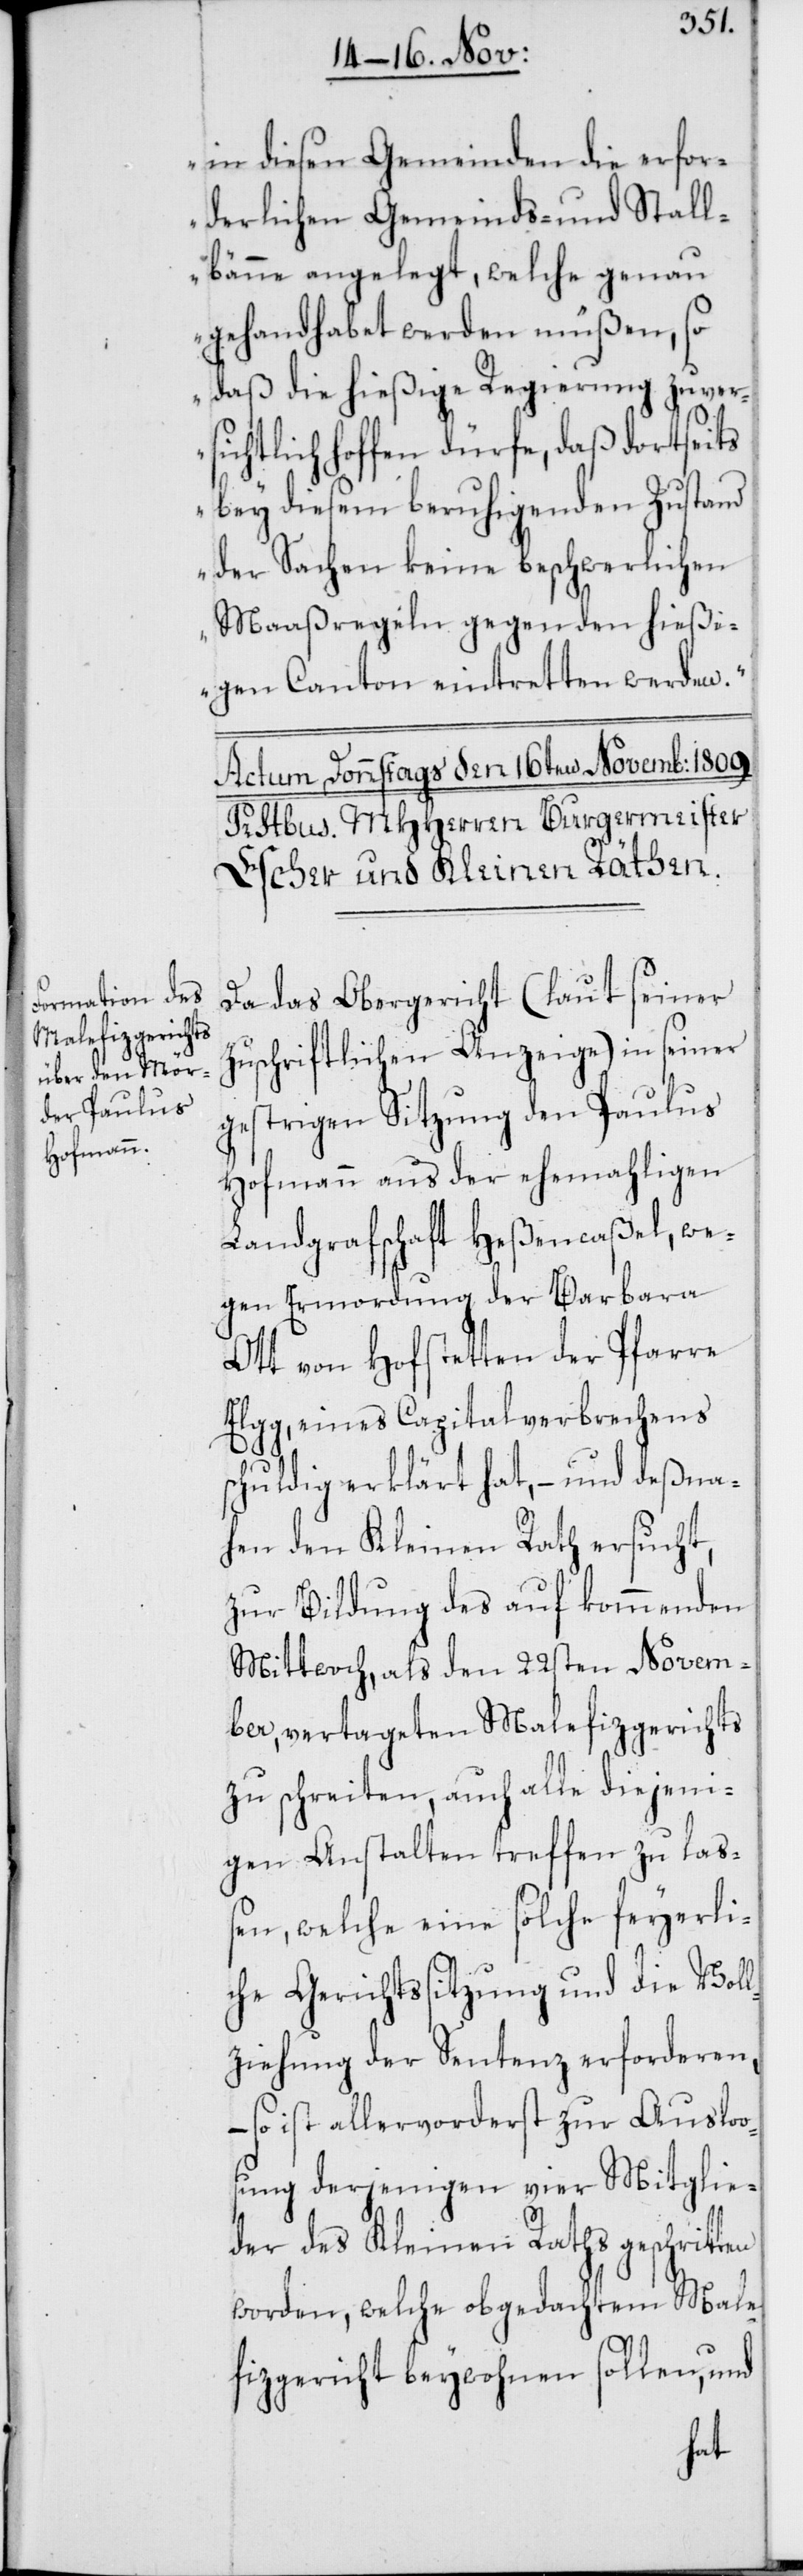
in diesen Gemeinden die erfor¬
derlichen Gemeinds- und Stall¬
bänne angelegt, welche genau
gehandhabet werden müßen, so
daß die hießige Regierung zuver¬
sichtlich hoffen dürfe, daß dortseits
bey diesem beruhigenden Zustand
der Sachen keine beschwerlichen
Maaßregeln gegen den hießi¬
gen Canton eintretten werden.“
Da das Obergericht (laut seiner
zuschriftlichen Anzeige) in seiner
gestrigen Sitzung den Paulus
Hofmann aus der ehemahligen
Landgrafschaft Heßencaßel, we¬
gen Ermordung der Barbara
Ott von Hofstetten, der Pfarre
Elgg, eines Capitalverbrechens
schuldig erklärt hat, – und deßna¬
hen den Kleinen Rath ersucht,
zur Bildung des auf kommenden
Mittwoch, als den 22sten Novem¬
ber, vertageten Malefizgerichts
zu schreiten, auch alle diejeni¬
gen Anstalten treffen zu la¬
ßen, welche eine solche feyerli¬
che Gerichtssitzung und die Vol¬
lziehung der Sentenz erforderen,
– so ist allervorderst zur Ausloo¬
sung derjenigen vier Mitglie¬
der des Kleinen Raths geschrit¬
worden, welche obgedachtem Male¬
fizgericht beywohnen sollen, und
ten